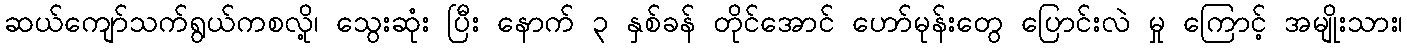
ဆယ်ကျော်သက်ရွယ်ကစလို့၊ သွေးဆုံး ပြီး နောက် ၃ နှစ်ခန် တိုင်အောင် ဟော်မုန်းတွေ ပြောင်းလဲ မှု ကြောင့် အမျိုးသား၊